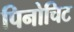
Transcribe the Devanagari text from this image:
पिनोचिट